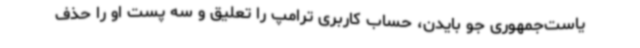
یاست‌جمهوری جو بایدن، حساب کاربری ترامپ را تعلیق و سه پست او را حذف